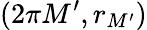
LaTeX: (2\pi M^{\prime},r_{M^{\prime}})